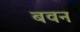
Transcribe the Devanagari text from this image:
बवन